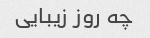
چه روز زیبایی